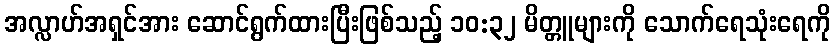
အလ္လာဟ်အရှင်အား ဆောင်ရွက်ထားပြီးဖြစ်သည့် ၁၀:၃၂ မိတ္တူများကို သောက်ရေသုံးရေကို